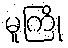
မူကြို